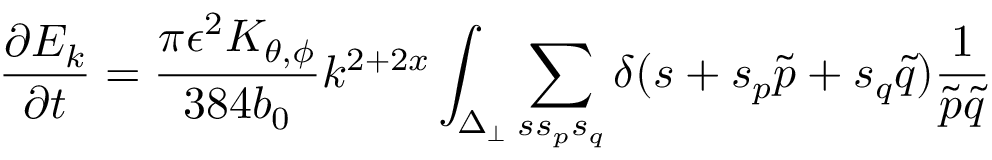
\frac { \partial E _ { k } } { \partial t } = \frac { \pi \epsilon ^ { 2 } K _ { \theta , \phi } } { 3 8 4 b _ { 0 } } k ^ { 2 + 2 x } \int _ { \Delta _ { \perp } } \sum _ { s s _ { p } s _ { q } } \delta ( s + s _ { p } \tilde { p } + s _ { q } \tilde { q } ) \frac { 1 } { \tilde { p } \tilde { q } }